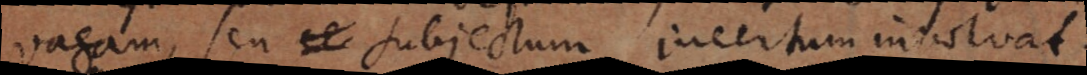
vagam, seu subjectum incertum involvat.